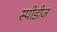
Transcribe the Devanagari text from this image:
स्पीडीज